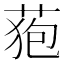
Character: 𮏜